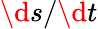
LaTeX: \d s/\d t